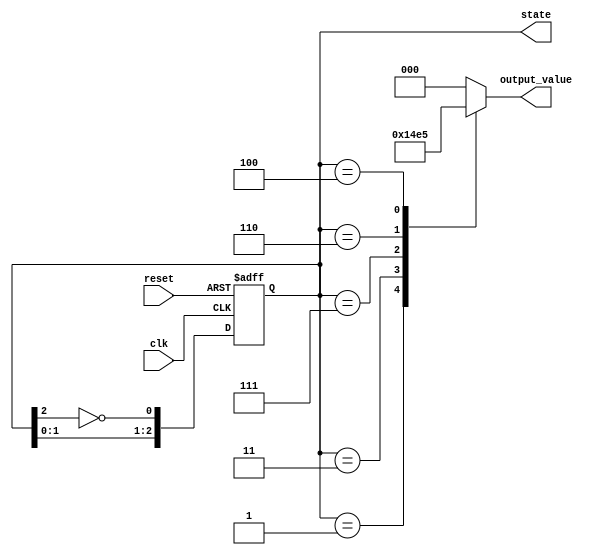
module johnson_counter (
    input wire clk,          // Clock input
    input wire reset,        // Asynchronous reset
    output reg [2:0] state,  // 3-bit state output
    output reg [2:0] output_value // Output corresponding to the state
);

// State transition logic for a 3-bit Johnson counter
always @(posedge clk or posedge reset) begin
    if (reset) begin
        state <= 3'b000; // Reset to initial state
    end else begin
        // Johnson Counter state transition
        state <= {state[1:0], ~state[2]}; // Shift and invert
    end
end

// Output logic for the Moore state machine
always @(state) begin
    case (state)
        3'b000: output_value = 3'b000; // State 0
        3'b001: output_value = 3'b001; // State 1
        3'b011: output_value = 3'b010; // State 2
        3'b111: output_value = 3'b011; // State 3
        3'b110: output_value = 3'b100; // State 4
        3'b100: output_value = 3'b101; // State 5
        default: output_value = 3'b000; // Default case
    endcase
end

endmodule